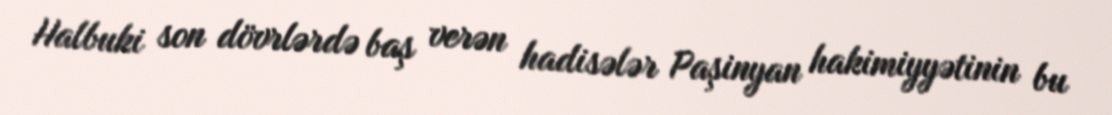
Halbuki son dövrlərdə baş verən hadisələr Paşinyan hakimiyyətinin bu